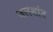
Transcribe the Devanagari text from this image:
जलशांत